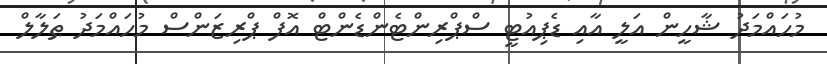
މުހައްމަދު ޝާހީން އަލީ އާއި ޑެޕިއުޓީ ސްޕްރިންޓެންޑެންޓް އޮފް ޕްރިޒަންސް މުހައްމަދު ޠަލާލް